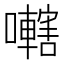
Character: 𫬭